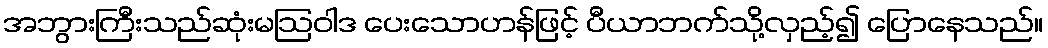
အဘွားကြီးသည်ဆုံးမဩဝါဒ ပေးသောဟန်ဖြင့် ပီယာဘက်သို့လှည့်၍ ပြောနေသည်။